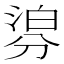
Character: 𣹁